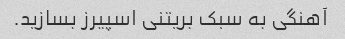
آهنگی به سبک بریتنی اسپیرز بسازید.